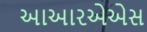
આઆરએએસ